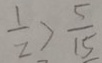
\frac { 1 } { 2 } > \frac { 5 } { 1 5 }